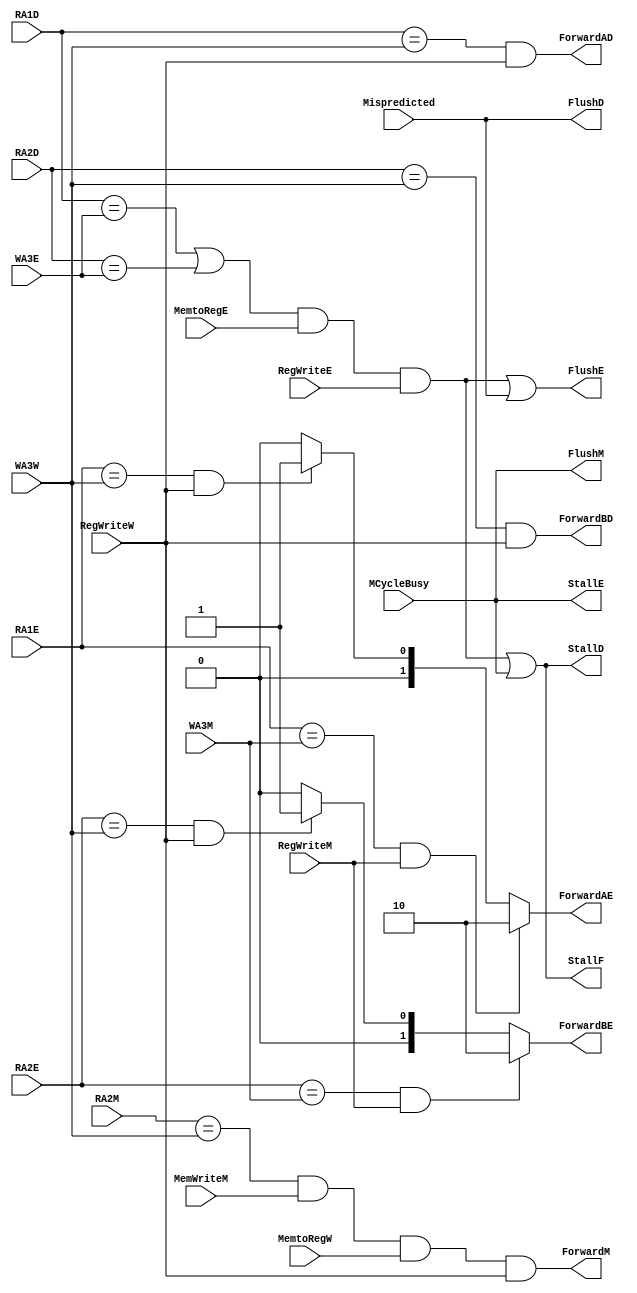
`timescale 1ns / 1ps
//////////////////////////////////////////////////////////////////////////////////
// Company: 
// Engineer: 
// 
// Design Name: 
// Module Name: HazardUnit
// Project Name: 
// Target Devices: 
// Tool Versions: 
// Description: 
// 
// Dependencies: 
// 
// Revision:
// Revision 0.01 - File Created
// Additional Comments:
// 
//////////////////////////////////////////////////////////////////////////////////


module HazardUnit(
    output StallF,
    output StallD,
    output FlushD,
    output ForwardAD,
    output ForwardBD,
    input [3:0] RA1D,
    input [3:0] RA2D,
    output StallE,
    output FlushE,
    output reg [1:0] ForwardAE,
    output reg [1:0] ForwardBE,
    input [3:0] RA1E,
    input [3:0] RA2E,
    input [3:0] WA3E,
    input MemtoRegE,
    input RegWriteE,
    input Mispredicted,
    output FlushM,
    output ForwardM,
    input [3:0] WA3M,
    input RegWriteM,
    input [3:0] RA2M,
    input MemWriteM,
    input [3:0] WA3W,
    input RegWriteW,
    input MemtoRegW,
    input MCycleBusy
    );
    
    //Data Forwarding Signals
    wire Match_1D_W;
    wire Match_2D_W;
    wire Match_1E_M;
    wire Match_2E_M;
    wire Match_1E_W;
    wire Match_2E_W;
    
    // Load and Use Control Signals
    wire Match_12D_E;
    wire ldrstall;
    wire ldrStallF;
    wire ldrStallD;
    wire ldrFlushE;
    
    // MCycle Busy Control Signals
    wire MCycleBusyStallF;
    wire MCycleBusyStallD;
    wire MCycleBusyStallE;
    wire MCycleBusyFlushM;
    
    // Branch Misprediction Control Signals 
    wire MispredictionFlushD;
    wire MispredictionFlushE;
    
    //Data Forwarding Control
    assign Match_1D_W = (RA1D == WA3W);
    assign Match_2D_W = (RA2D == WA3W);
    assign Match_1E_M = (RA1E == WA3M);
    assign Match_2E_M = (RA2E == WA3M);
    assign Match_1E_W = (RA1E == WA3W);
    assign Match_2E_W = (RA2E == WA3W);

    assign ForwardAD = Match_1D_W & RegWriteW;
    assign ForwardBD = Match_2D_W & RegWriteW;
    
    always @(*) begin
        if (Match_1E_M & RegWriteM) 
        begin
            ForwardAE <= 2'b10;
        end 
        else if (Match_1E_W & RegWriteW) 
        begin
            ForwardAE <= 2'b01;
        end 
        else 
        begin
            ForwardAE <= 2'b00;
        end
        
        if (Match_2E_M & RegWriteM) 
        begin
            ForwardBE <= 2'b10;
        end 
        else if (Match_2E_W & RegWriteW) 
        begin
            ForwardBE <= 2'b01;
        end 
        else 
        begin
            ForwardBE <= 2'b00;
        end
    end
    
    assign ForwardM = (RA2M == WA3W) & MemWriteM & MemtoRegW & RegWriteW;
    
    // Load and Use Hazard Control
    assign Match_12D_E = (RA1D == WA3E) | (RA2D == WA3E);
    assign ldrstall = Match_12D_E & MemtoRegE & RegWriteE;
    assign ldrStallF = ldrstall;
    assign ldrStallD = ldrstall;
    assign ldrFlushE = ldrstall;
    
    // MCycle Busy Control (if MCycleBusy in E, stall F, D, E stages, flush next stage M slide 34)
    assign MCycleBusyStallF = MCycleBusy;
    assign MCycleBusyStallD = MCycleBusy;
    assign MCycleBusyStallE = MCycleBusy;
    assign MCycleBusyFlushM = MCycleBusy;
   
   // Branch Misprediction Control 
    assign MispredictionFlushD = Mispredicted;
    assign MispredictionFlushE = Mispredicted;
    
    // Stall Control
    assign StallF = ldrStallF | MCycleBusyStallF;
    assign StallD = ldrStallD | MCycleBusyStallD;
    assign StallE = MCycleBusyStallE;
    
    // Flush Control
    assign FlushD = MispredictionFlushD;
    assign FlushE = ldrFlushE | MispredictionFlushE;
    assign FlushM = MCycleBusyFlushM;
    
endmodule